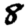
Digit: 8